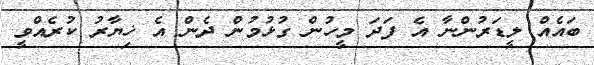
ބައެއް ލީޑަރުންނާ އެ ފަދަ މީހުން ގުޅުމުން ދެން އެ ޚިޔާރު ކުރެއްވީ